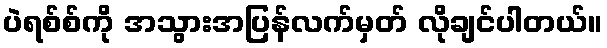
ပဲရစ်စ်ကို အသွားအပြန်လက်မှတ် လိုချင်ပါတယ်။